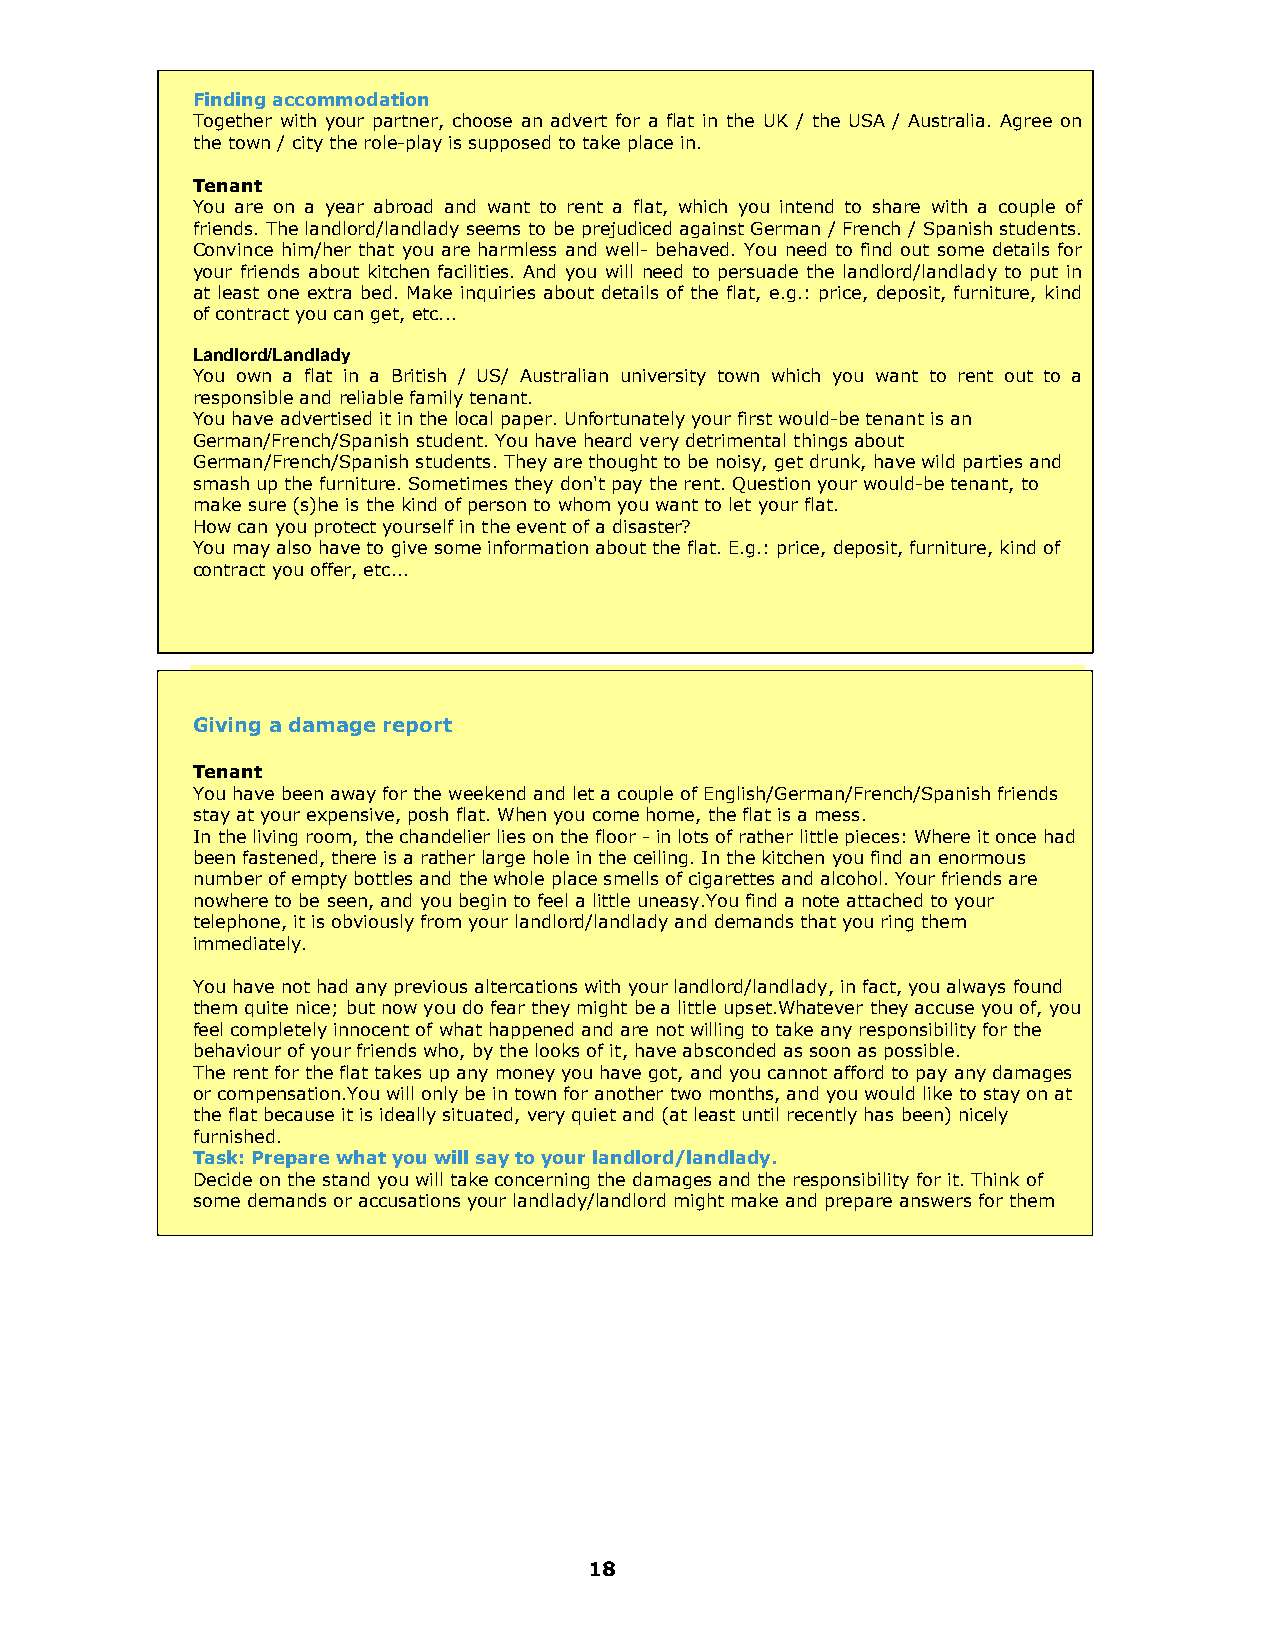
Finding accommodation
 Together with your partner, choose an advert for a flat in the UK / the USA / Australia. Agree on
 the town / city the role-play is supposed to take place in.
 Tenant
 You are on a year abroad and want to rent a flat, which you intend to share with a couple of
 friends. The landlord/landlady seems to be prejudiced against German / French / Spanish students.
 Convince him/her that you are harmless and well- behaved. You need to find out some details for
 your friends about kitchen facilities. And you will need to persuade the landlord/landlady to put in
 at least one extra bed. Make inquiries about details of the flat, e.g.: price, deposit, furniture, kind
 of contract you can get, etc...
 Landlord/Landlady
 You own a flat in a British / US/ Australian university town which you want to rent out to a
 responsible and reliable family tenant.
 You have advertised it in the local paper. Unfortunately your first would-be tenant is an
 German/French/Spanish student. You have heard very detrimental things about
 German/French/Spanish students. They are thought to be noisy, get drunk, have wild parties and
 smash up the furniture. Sometimes they don't pay the rent. Question your would-be tenant, to
 make sure (s)he is the kind of person to whom you want to let your flat.
 How can you protect yourself in the event of a disaster?
 You may also have to give some information about the flat. E.g.: price, deposit, furniture, kind of
 contract you offer, etc...
 Giving a damage report
 Tenant
 You have been away for the weekend and let a couple of English/German/French/Spanish friends
 stay at your expensive, posh flat. When you come home, the flat is a mess.
 In the living room, the chandelier lies on the floor - in lots of rather little pieces: Where it once had
 been fastened, there is a rather large hole in the ceiling. In the kitchen you find an enormous
 number of empty bottles and the whole place smells of cigarettes and alcohol. Your friends are
 nowhere to be seen, and you begin to feel a little uneasy.You find a note attached to your
 telephone, it is obviously from your landlord/landlady and demands that you ring them
 immediately.
 You have not had any previous altercations with your landlord/landlady, in fact, you always found
 them quite nice; but now you do fear they might be a little upset.Whatever they accuse you of, you
 feel completely innocent of what happened and are not willing to take any responsibility for the
 behaviour of your friends who, by the looks of it, have absconded as soon as possible.
 The rent for the flat takes up any money you have got, and you cannot afford to pay any damages
 or compensation.You will only be in town for another two months, and you would like to stay on at
 the flat because it is ideally situated, very quiet and (at least until recently has been) nicely
 furnished.
 Task: Prepare what you will say to your landlord/landlady.
 Decide on the stand you will take concerning the damages and the responsibility for it. Think of
 some demands or accusations your landlady/landlord might make and prepare answers for them
 18